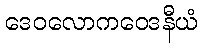
ဒေဝလောကဝေဒနီယံ